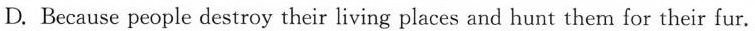
D. Because people destroy their living places and hunt them for their fur.